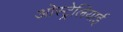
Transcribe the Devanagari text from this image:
ऒस्ट्रेलियाई